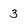
Character: 3